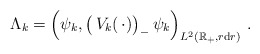
\begin{align*} \Lambda_k = \left(\psi_k, \big(\,V_k(\,\cdot)\big)_- \, \psi_k\right)_{L^2(\mathbb{R}_+, r \mathrm{d}r)}\,.\end{align*}